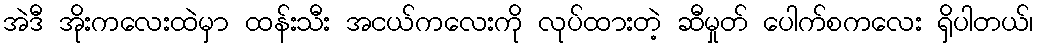
အဲဒီ အိုးကလေးထဲမှာ ထန်းသီး အငယ်ကလေးကို လုပ်ထားတဲ့ ဆီမှုတ် ပေါက်စကလေး ရှိပါတယ်၊